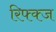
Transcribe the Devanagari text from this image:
रिफ्क्ज